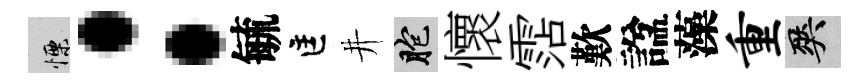
慄：毓匡井胞懷霑歎諡藻重爽